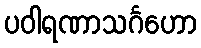
ပဝါရဏာသင်္ဂဟော